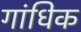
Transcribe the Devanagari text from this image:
गांधिक